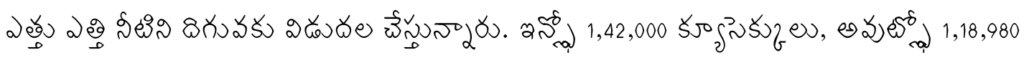
ఎత్తు ఎత్తి నీటిని దిగువకు విడుదల చేస్తున్నారు. ఇన్ఫ్లో 1,42,000 క్యూసెక్కులు, అవుట్ఫ్లో 1,18,980